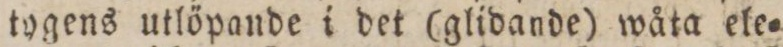
tygens utlöpande i det (glidande) wåta ele=